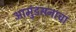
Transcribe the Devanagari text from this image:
आमुंडसनाचा